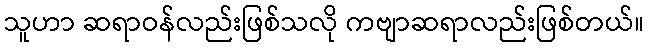
သူဟာ ဆရာဝန်လည်းဖြစ်သလို ကဗျာဆရာလည်းဖြစ်တယ်။